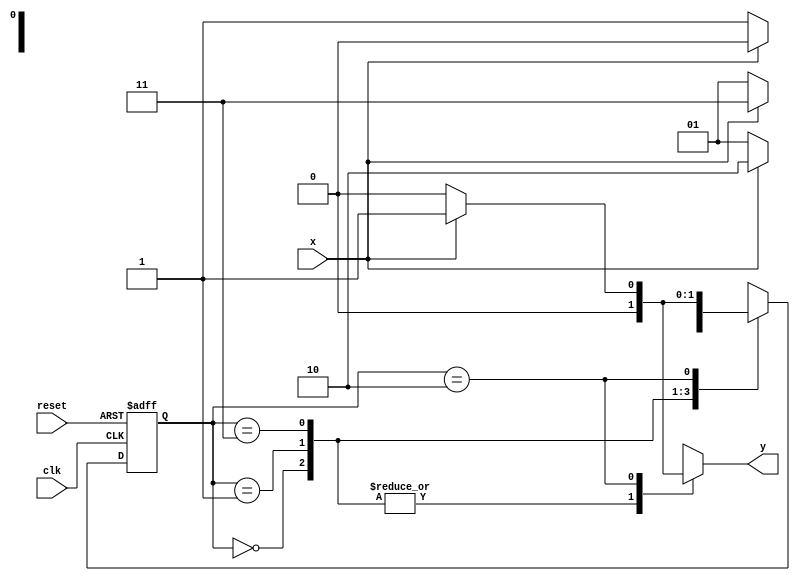
// ------------------------------------
// ------------------------------------
// Nome:Jnatas Sena Ferreira - Matricula : 427424
// Exemplo0054
// -------------------------------------

//------------
//--Mealy FSM
//--------------

//constant definitions
`define found 1
`define notfound 0

//FSM by Mealy
module mealy0111(y, x, clk, reset);

output y;
input x;
input clk;
input reset;

reg y;

parameter //state identifiers
start = 2'b00,
id01  = 2'b01,
id011 = 2'b11,
id0111= 2'b10;


reg[1:0]E1; //current state variables
reg[1:0]E2; //next stat logic output

//next state logic
always @(x or E1)
begin
	y = `notfound;
case(E1)
	start:
		if(x)
			E2 = start;
		else
			E2 = id01;
id01:
	if(x)
		E2 = id011;
	else
		E2 =	id01;
id011:
	if(x)
		E2 = id0111;
	else
		E2 = id01;	
id0111:
	if(x)
		begin
			E2 = id01;
			y = `found;
			end
	else
	begin
		E2 = start;
		y = `notfound;
	end
default:  //undefined state
	E2 = 2'bxx;
endcase

end // always at signal or state changing

//state variables
always @(posedge clk or negedge reset)
begin
if(reset)
E1 = E2; //updates current state
else
E1 = 0; //reset

end // always at signal changing

endmodule // mealy0111